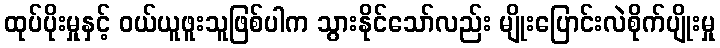
ထုပ်ပိုးမှုနှင့် ဝယ်ယူဖူးသူဖြစ်ပါက သွားနိုင်သော်လည်း မျိုးပြောင်းလဲစိုက်ပျိုးမှု